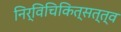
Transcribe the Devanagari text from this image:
निर्विचिकित्सत्त्व